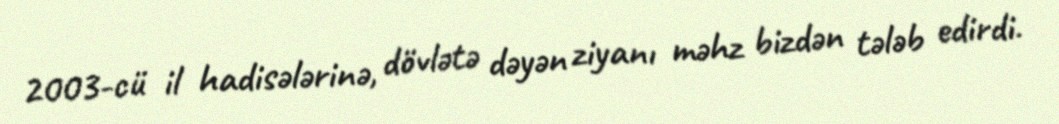
2003-cü il hadisələrinə, dövlətə dəyən ziyanı məhz bizdən tələb edirdi.